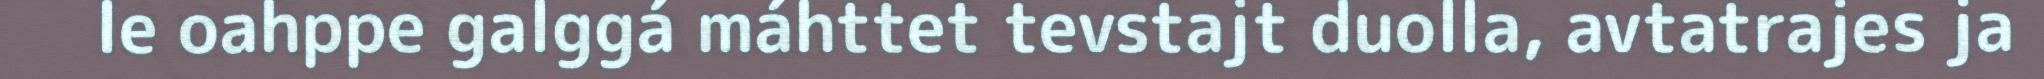
le oahppe galggá máhttet tevstajt duolla, avtatrajes ja